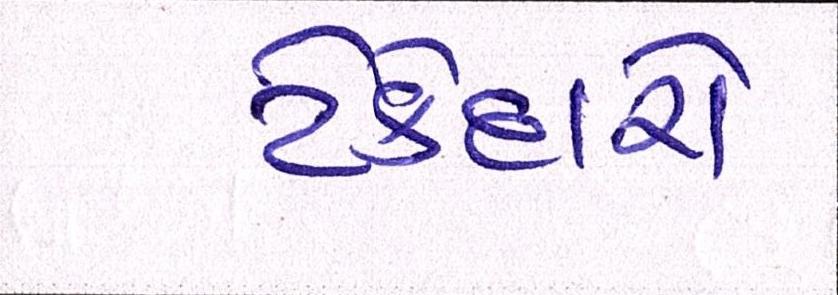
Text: ટેકેદારો